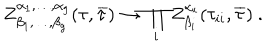
Z _ { \beta _ { 1 } , \dots , \beta _ { g } } ^ { \alpha _ { 1 } , \dots , \alpha _ { g } } ( \tau , { \overline { { { \tau } } } } ) \rightarrow \prod _ { i } Z _ { \beta _ { i } } ^ { \alpha _ { i } } ( \tau _ { i i } , { \overline { { { \tau } } } } ) ~ .